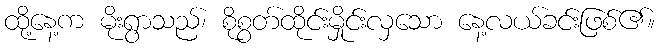
ထို့နေ့က မိုးရွာသည်၊ စိုစွတ်ထိုင်းမှိုင်းလှသော နေ့လယ်ခင်းဖြစ်၏။